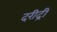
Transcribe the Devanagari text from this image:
दरीद्री